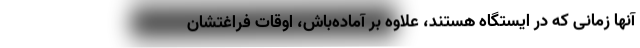
آنها زمانی که در ایستگاه هستند، علاوه بر آماده‌باش، اوقات فراغتشان